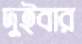
দুইবার